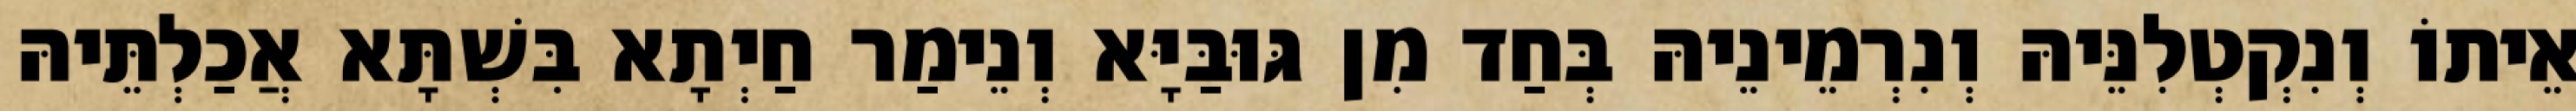
אֵיתוֹ וְנִקְטְלִנֵּיהּ וְנִרְמֵינֵיהּ בְּחַד מִן גּוּבַּיָּא וְנֵימַר חַיְתָא בִּשְׁתָּא אֲכַלְתֵּיהּ